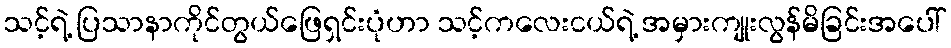
သင့်ရဲ့ ပြသာနာကိုင်တွယ်ဖြေရှင်းပုံဟာ သင့်ကလေးငယ်ရဲ့ အမှားကျုးလွန်မိခြင်းအပေါ်